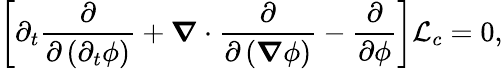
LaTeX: \left[\partial_{t}\frac{\partial}{\partial\left(\partial_{t}\phi\right)}+\boldsymbol{\nabla}\cdot\frac{\partial}{\partial\left(\boldsymbol{\nabla}\phi\right)}-\frac{\partial}{\partial\phi}\right]\mathcal{L}_{c}=0,